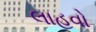
લાહવો